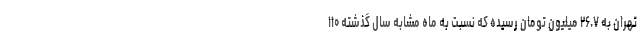
تهران به ۲۶.۷ میلیون تومان رسیده که نسبت به ماه مشابه سال گذشته ۱۱۰